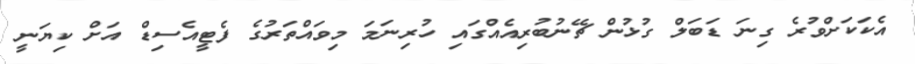
އެކަކަށްވުރެ ގިނަ ޑަބަލް ގުޅުން ޗޭނުބުރިއެއްގައި ހުރިނަމަ މިވައްތަރުގެ ފެޓީއެސިޑް އަށް ކިޔަނީ